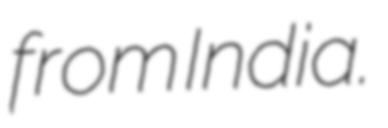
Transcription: from India.